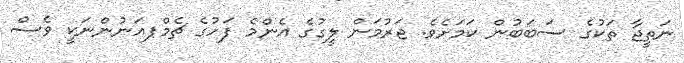
ނަތީޖާ ތަކުގެ ސަބަބުން ކަަމަށެވެ. ޖަރުމަން ލީގުގެ އެންމެ ފަހުގެ ޗެމްޕއަނުންނަކީ ވެސް